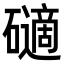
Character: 𥖾